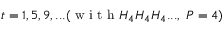
t = 1 , 5 , 9 , . . . ( \mathrm { ~ w ~ i ~ t ~ h ~ } H _ { 4 } H _ { 4 } H _ { 4 } . . . , \; P = 4 )